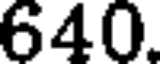
640.